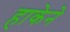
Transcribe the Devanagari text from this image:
हाकेने